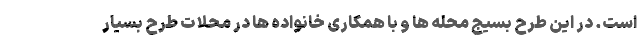
است. در این طرح بسیج محله ها و با همکاری خانواده ها در محلات طرح بسیار